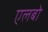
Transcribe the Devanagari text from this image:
एलबो